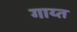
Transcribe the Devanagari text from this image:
गाय्त